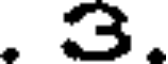
. 3.